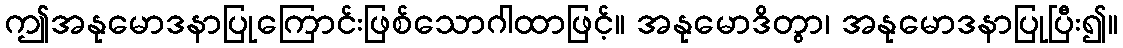
ဤအနုမောဒနာပြုကြောင်းဖြစ်သောဂါထာဖြင့်။ အနုမောဒိတွာ၊ အနုမောဒနာပြုပြီး၍။